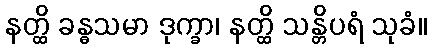
နတ္ထိ ခန္ဓသမာ ဒုက္ခာ၊ နတ္ထိ သန္တိပရံ သုခံ။